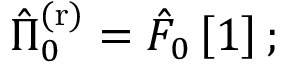
\begin{array} { r } { \hat { \Pi } _ { 0 } ^ { \mathrm { ( r ) } } = \hat { F } _ { 0 } \left[ 1 \right] ; } \end{array}